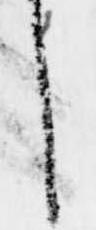
し